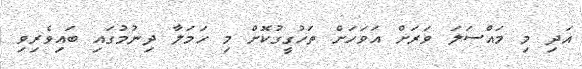
އަދި މި މައްސަލަ ވަރަށް އަވަހަށް ތަހުގީގުކޮށް މި ހަމަލާ ދިނުމުގައި ބައިވެރިވި